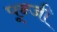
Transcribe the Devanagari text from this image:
पून्जी